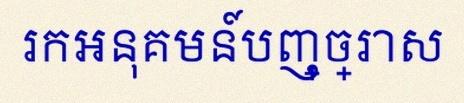
រកអនុគមន៍បញ្ច្រាស